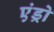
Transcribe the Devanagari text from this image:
एंड्रो